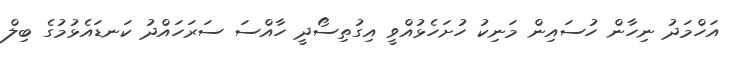
އަހްމަދު ނިހާން ހުސައިން މަނިކު ހުށަހެޅުއްވީ އިގުތިސޯދީ ހާއްސަ ސަރަހައްދު ކަނޑައެޅުމުގެ ބިލް